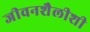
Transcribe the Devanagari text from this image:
जीवनशैलीशी